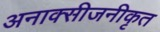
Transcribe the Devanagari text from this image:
अनाक्सीजनीकृत